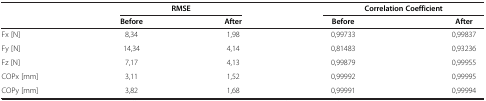
<table><thead><tr><td rowspan="2"><b> </b></td><td colspan="2"><b>RMSE</b></td><td colspan="2"><b>Correlation Coefficient</b></td></tr><tr><td><b>Before</b></td><td><b>After</b></td><td><b>Before</b></td><td><b>After</b></td></tr></thead><tbody><tr><td>Fx [N]</td><td>8,34</td><td>1,98</td><td>0,99733</td><td>0,99837</td></tr><tr><td>Fy [N]</td><td>14,34</td><td>4,14</td><td>0,81483</td><td>0,93236</td></tr><tr><td>Fz [N]</td><td>7,17</td><td>4,13</td><td>0,99879</td><td>0,99955</td></tr><tr><td>COPx [mm]</td><td>3,11</td><td>1,52</td><td>0,99992</td><td>0,99995</td></tr><tr><td>COPy [mm]</td><td>3,82</td><td>1,68</td><td>0,99991</td><td>0,99994</td></tr></tbody></table>